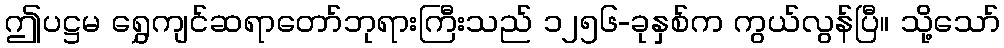
ဤပဋ္ဌမ ရွှေကျင်ဆရာတော်ဘုရားကြီးသည် ၁၂၅၆-ခုနှစ်က ကွယ်လွန်ပြီ။ သို့သော်